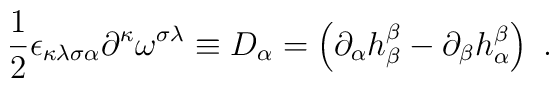
\frac{1}{2}\epsilon _{\kappa \lambda \sigma \alpha }\partial ^{\kappa}\omega ^{\sigma \lambda }\equiv D_{\alpha }=\left( \partial _{\alpha}h_{\beta }^{\beta }-\partial _{\beta }h_{\alpha }^{\beta }\right) \ .